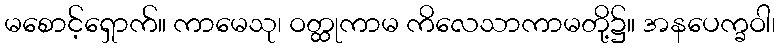
မစောင့်ရှောက်။ ကာမေသု၊ ဝတ္ထုကာမ ကိလေသာကာမတို့၌။ အနပေက္ခဝါ၊